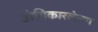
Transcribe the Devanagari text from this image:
अंगिकारलेल्या